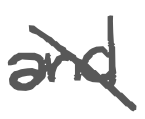
Text: and
Cross-out: mix
Writing tool: digital_gray